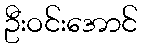
ဦးဝင်းအောင်